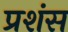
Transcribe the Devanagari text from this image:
प्रशंस